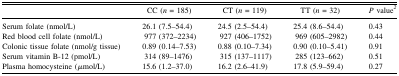
|  | CC (n = 185) | CT (n = 119) | TT (n = 32) | P value2 |
 | --- | --- | --- | --- | --- |
 | Serum folate (nmol/L) | 26.1 (7.5–54.4) | 24.5 (2.5–54.4) | 25.4 (8.6–54.4) | 0.43 |
 | Red blood cell folate (nmol/L) | 977 (372–2234) | 927 (406–1752) | 969 (605–2982) | 0.44 |
 | Colonic tissue folate (nmol/g tissue) | 0.89 (0.14–7.53) | 0.88 (0.10–7.34) | 0.90 (0.10–5.41) | 0.91 |
 | Serum vitamin B-12 (pmol/L) | 314 (89–1476) | 315 (137–1117) | 285 (123–662) | 0.51 |
 | Plasma homocysteine (μmol/L) | 15.6 (1.2–37.0) | 16.2 (2.6–41.9) | 17.8 (5.9–59.4) | 0.27 |